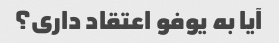
آیا به یوفو اعتقاد داری؟